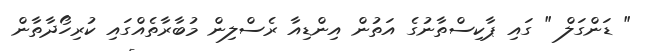
" ޑަންގަލް " ގައި ޕާކިސްތާނުގެ އަތުން އިންޑިއާ ރެސްލިން މުބާރާތެއްގައި ކުރިހޯދާތާން